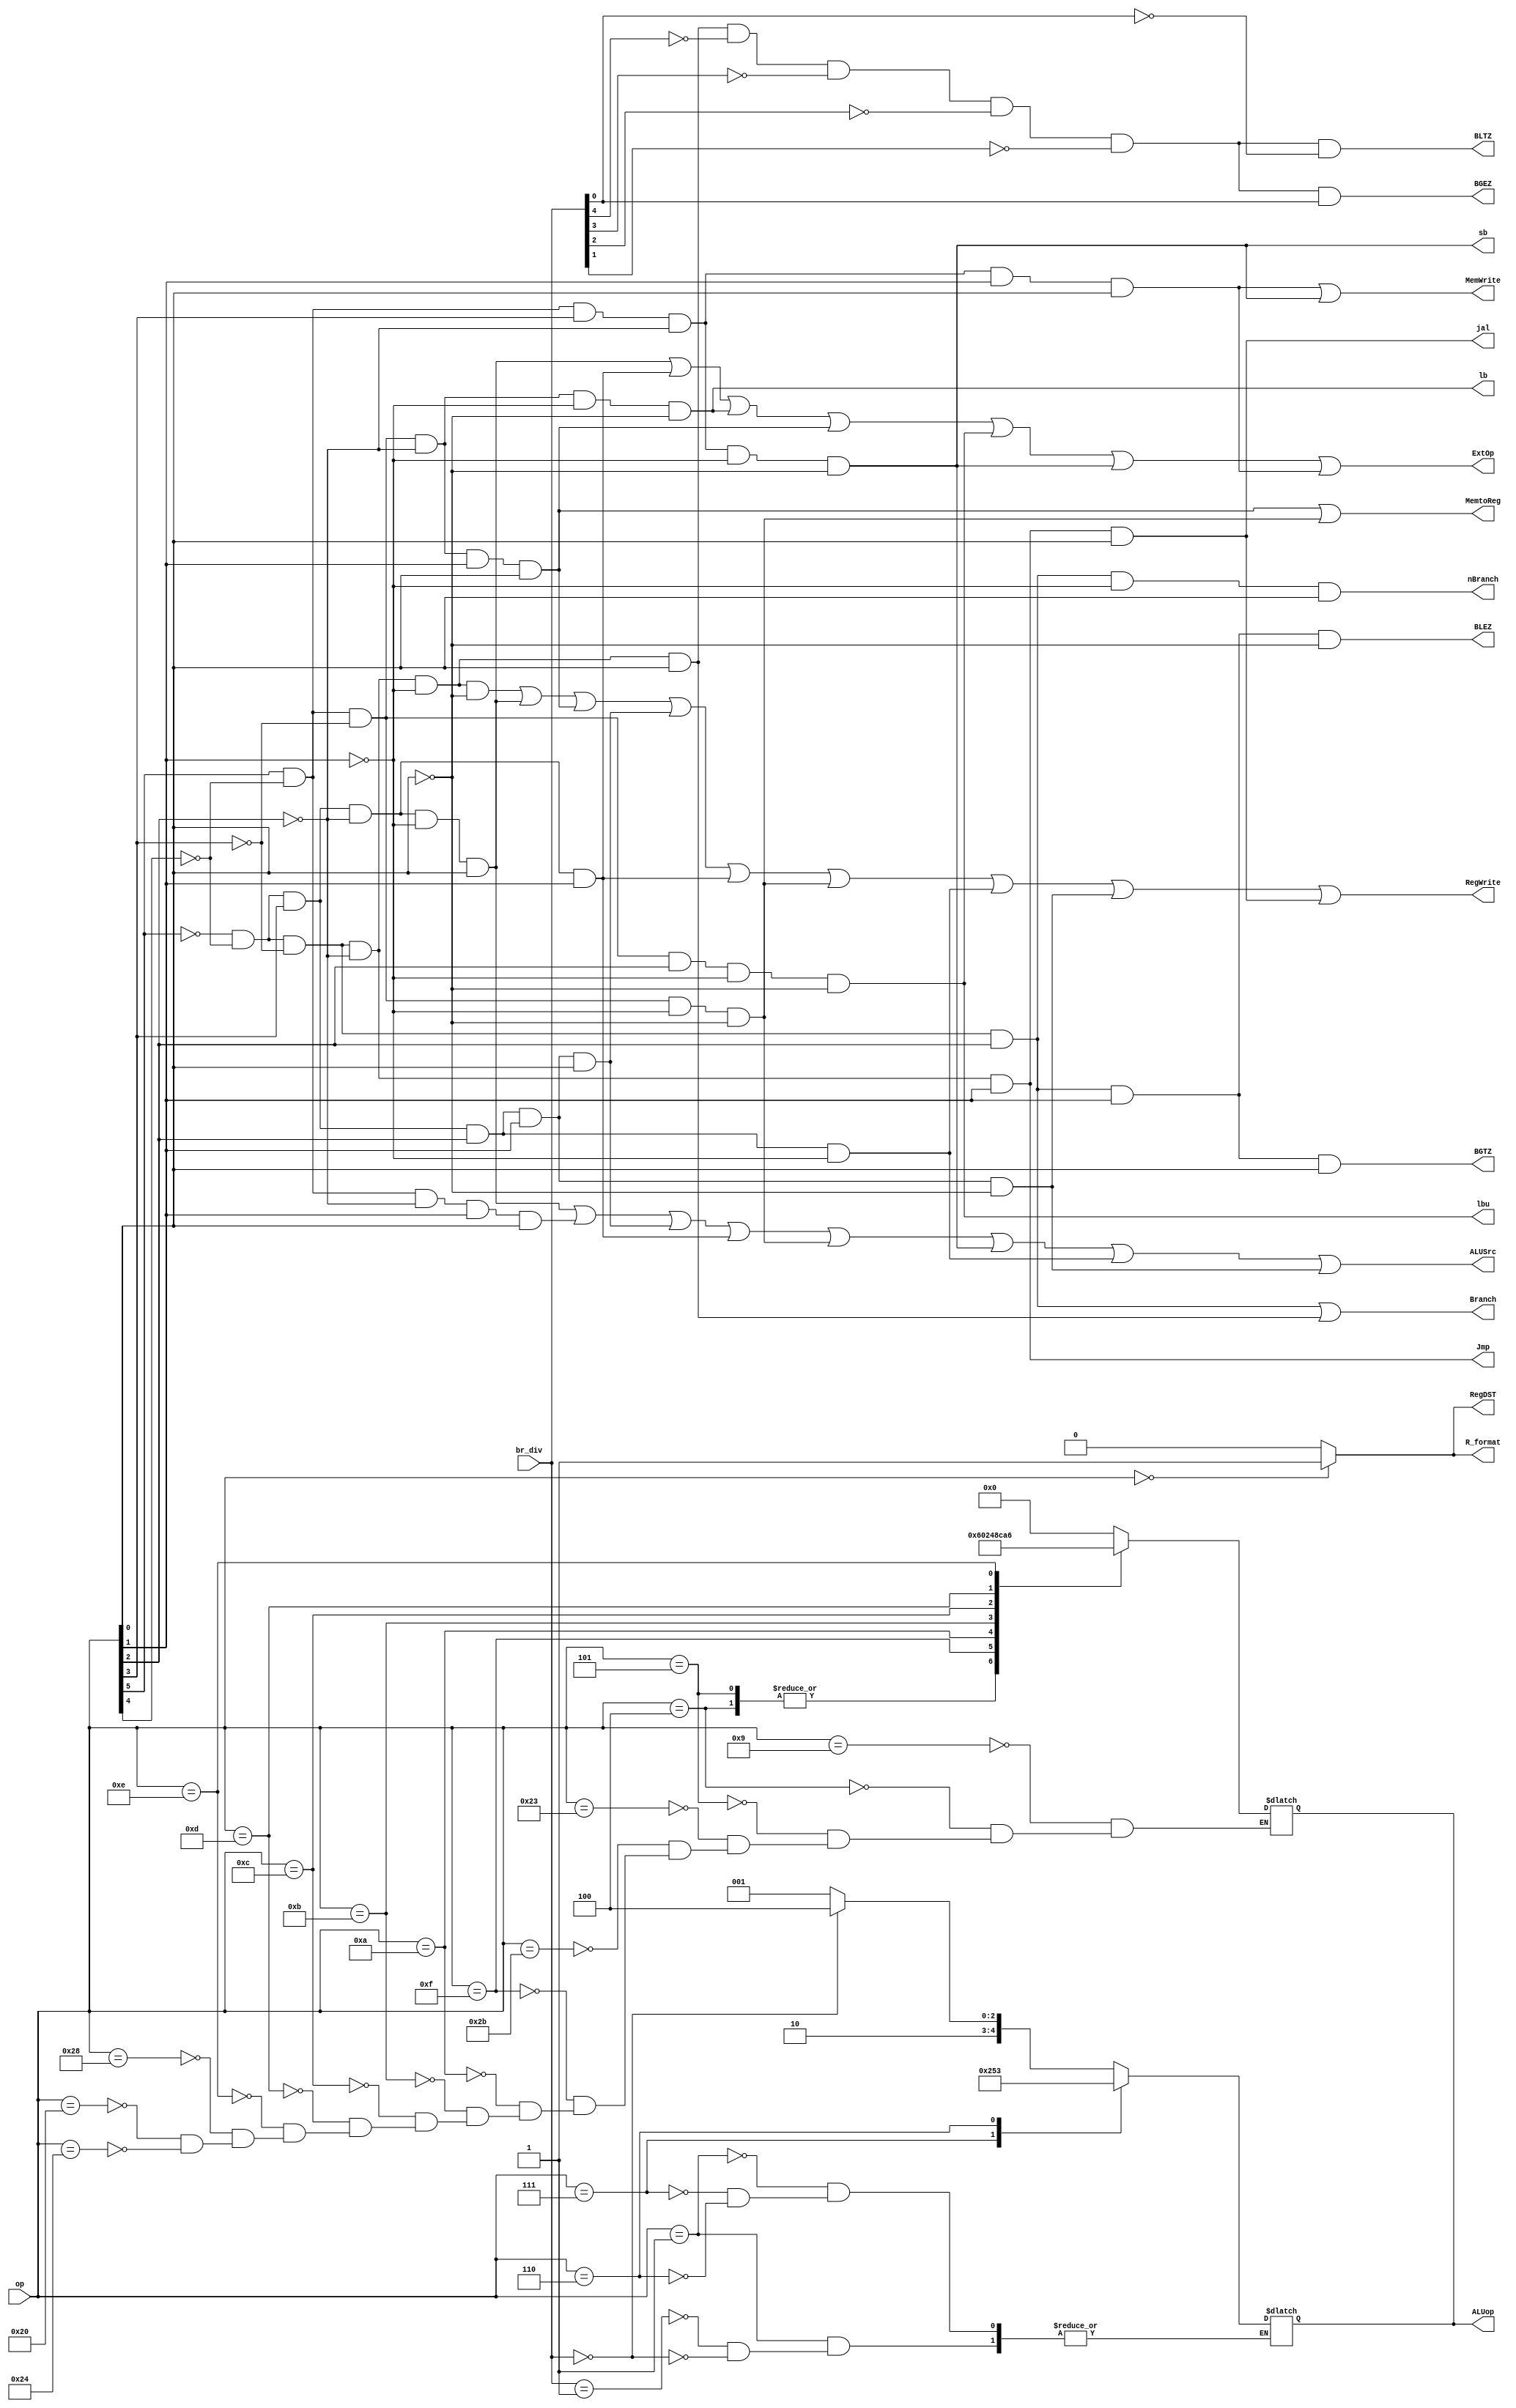
module control(
    input [31:26]op,    //from instruction[31:26]
    input [20:16]br_div,
    output R_format,    //1:r_format;
    output RegDST,  //1:target reg:rd
    output ALUSrc,  //1:2nd op num:immediate
    output MemtoReg,//1:read data from mem to reg
    output RegWrite,//1:write reg
    output MemWrite,//1:write mem
    output Branch,  //1:beq
    output nBranch, //1:bne
    output BGEZ,BGTZ,BLEZ,BLTZ,
    output lb,lbu,sb,
    output jal,
    output Jmp,     //1:j
    output ExtOp,   //0:z_ext  1:s_ext
    output reg[4:0] ALUop
);

assign Branch=(!op[31]&&!op[30]&&!op[29]&&op[28])||(!op[31]&&!op[30]&&!op[29]&&!op[28]&&!op[27]&&op[26]);
assign nBranch=(!op[31]&&!op[30]&&!op[29]&&op[28]&&!op[27]&&op[26]);
assign lb=(op[31]&&!op[30]&&!op[29]&&!op[28]&&!op[27]&&!op[26]);
assign lbu=(op[31]&&!op[30]&&!op[29]&&op[28]&&!op[27]&&!op[26]);
assign sb=(op[31]&&!op[30]&&op[29]&&!op[28]&&!op[27]&&!op[26]);
assign Jmp=!op[31]&&!op[30]&&!op[29]&&!op[28]&&op[27];
assign R_format=(op==6'b000000)?1'b1:1'b0;
assign RegDST=R_format;
assign ALUSrc=(!op[31]&&!op[30]&&op[29]&&!op[28]&&!op[27]&&op[26])||(op[31]&&!op[30]&&!op[28]&&op[27]&&op[26])
||(!op[31]&&!op[30]&&op[29]&&op[28]&&op[27]&&op[26])||(!op[31]&&!op[30]&&op[29]&&!op[28]&&op[27])
||(op[31]&&!op[30]&&!op[29]&&!op[27]&&!op[26])||(op[31]&&!op[30]&&op[29]&&!op[28]&&!op[27]&&!op[26])
||(!op[31]&&!op[30]&&op[29]&&op[28]&&!op[27])||(!op[31]&&!op[30]&&op[29]&&op[28]&&op[27]&&!op[26]);

assign MemWrite=(op[31]&&!op[30]&&op[29]&&!op[28]&&op[27]&&op[26])
||(op[31]&&!op[30]&&op[29]&&!op[28]&&!op[27]&&!op[26]);

assign MemtoReg= (op[31]&&!op[30]&&!op[29]&&!op[28]&&op[27]&&op[26])
||(op[31]&&!op[30]&&!op[29]&&!op[27]&&!op[26]);

assign RegWrite=(!op[31]&&!op[30]&&!op[29]&&!op[28]&&!op[27]&&!op[26])
||(!op[31]&&!op[30]&&op[29]&&!op[28]&&!op[27]&&op[26])||(op[31]&&!op[30]&&!op[29]&&!op[28]&&op[27]&&op[26])
||(!op[31]&&!op[30]&&op[29]&&op[28]&&op[27]&&op[26])||(!op[31]&&!op[30]&&op[29]&&!op[28]&&op[27])
||(op[31]&&!op[30]&&!op[29]&&!op[27]&&!op[26])||(!op[31]&&!op[30]&&op[29]&&op[28]&&!op[27])
||(!op[31]&&!op[30]&&op[29]&&op[28]&&op[27]&&!op[26])||(!op[31]&&!op[30]&&!op[29]&&!op[28]&&op[27]&&op[26]);

assign ExtOp=(!op[31]&&!op[30]&&op[29]&&!op[28]&&!op[27]&&op[26])
||(!op[31]&&!op[30]&&op[29]&&!op[28]&&op[27])||(op[31]&&!op[30]&&!op[29]&&!op[28]&&!op[27]&&!op[26])
||(op[31]&&!op[30]&&!op[29]&&!op[28]&&op[27]&&op[26])||(op[31]&&!op[30]&&!op[29]&&op[28]&&!op[27]&&!op[26])
||(op[31]&&!op[30]&&op[29]&&!op[28]&&!op[27]&&!op[26])||(op[31]&&!op[30]&&op[29]&&!op[28]&&op[27]&&op[26]);

assign jal=(!op[31]&&!op[30]&&!op[29]&&!op[28]&&op[27]&&op[26]);

always@(*)begin
    case(op)   //I-Type,Jal
        6'b001001:ALUop<=5'b00000;//addiu
        6'b000100:ALUop<=5'b00001;//beq
        6'b000101:ALUop<=5'b00001;//bne
        6'b100011:ALUop<=5'b00000;//lw
        6'b101011:ALUop<=5'b00000;//sw
        6'b001111:ALUop<=5'b10000;//lui
        6'b001010:ALUop<=5'b00010;//slti
        6'b001011:ALUop<=5'b01001;//sltiu
        6'b001100:ALUop<=5'b00011;//andi
        6'b001101:ALUop<=5'b00101;//ori
        6'b001110:ALUop<=5'b00110;//xori
        6'b101000:ALUop<=5'b00000;//sb
        6'b100000:ALUop<=5'b00000;//lb
        6'b100100:ALUop<=5'b00000;//lbu
    endcase
end


assign BGEZ=(!op[31]&&!op[30]&&!op[29]&&!op[28]&&!op[27]&&op[26]
&&!br_div[20]&&!br_div[19]&&!br_div[18]&&!br_div[17]&&br_div[16]);
assign BLTZ=(!op[31]&&!op[30]&&!op[29]&&!op[28]&&!op[27]&&op[26]
&&!br_div[20]&&!br_div[19]&&!br_div[18]&&!br_div[17]&&!br_div[16]);
assign BGTZ=!op[31]&&!op[30]&&!op[29]&&op[28]&&op[27]&&op[26];
assign BLEZ=!op[31]&&!op[30]&&!op[29]&&op[28]&&op[27]&&!op[26];

always@(*)begin
    case(op)    //Br-Type
        6'b000001:case(br_div)
            5'b00001: ALUop<=5'b10001;  //bgez
            5'b00000: ALUop<=5'b10100; endcase  //bltz
        6'b000111: ALUop<=5'b10010;  //bgtz
        6'b000110: ALUop<=5'b10011;  //blez
    endcase
end

endmodule